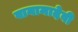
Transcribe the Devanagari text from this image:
वानामादेवी